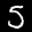
Label: 3